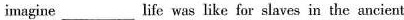
imagine___life was like for slaves in the ancient